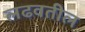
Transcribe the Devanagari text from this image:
लढवतील